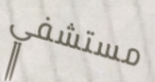
مستشفي